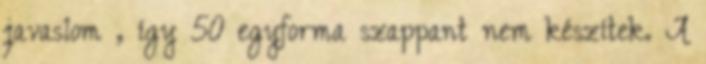
javaslom , így 50 egyforma szappant nem készítek. A